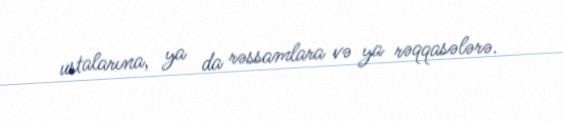
ustalarına, ya da rəssamlara və ya rəqqasələrə.